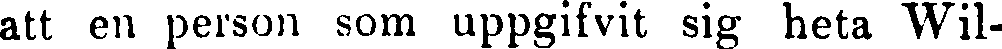
att en person som uppgifvit sig heta Wil-